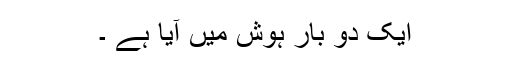
ایک دو بار ہوش میں آیا ہے ۔